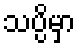
သပ္ပိမှာ